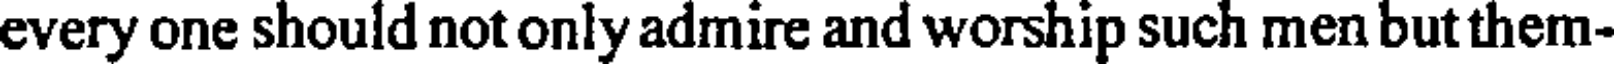
every one should not only admire and worship such men but them-